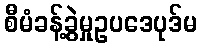
စီမံခန့်ခွဲမှုဥပဒေပုဒ်မ